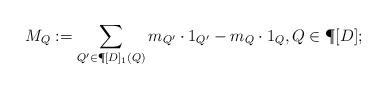
LaTeX: \begin{align*} M_Q:=\sum\limits_{Q'\in \P[D]_1(Q)} m_{Q'}\cdot1_{Q'} - m_Q\cdot 1_Q, Q\in\P[D];\end{align*}